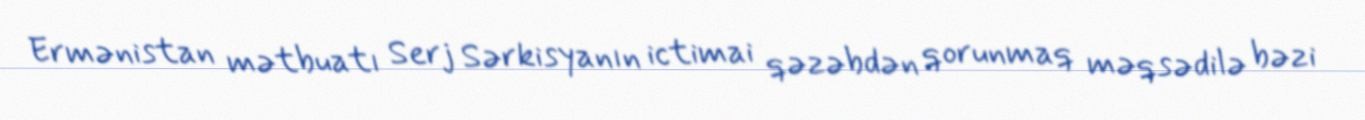
Ermənistan mətbuatı Serj Sərkisyanın ictimai qəzəbdən qorunmaq məqsədilə bəzi